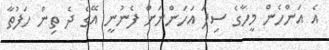
އެ އަންހެން މީހާގެ ސިފަ އަހަންނަށް ފެނުނީ އޭގެ ދެ ތިން ހަފުތާ